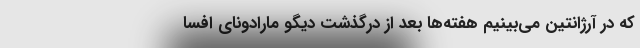
که در آرژانتین می‌بینیم هفته‌ها بعد از درگذشت دیگو مارادونای افسا